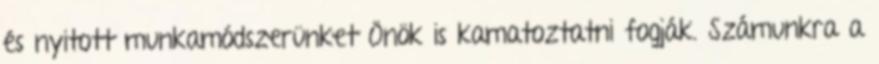
és nyitott munkamódszerünket Önök is kamatoztatni fogják. Számunkra a